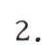
2.